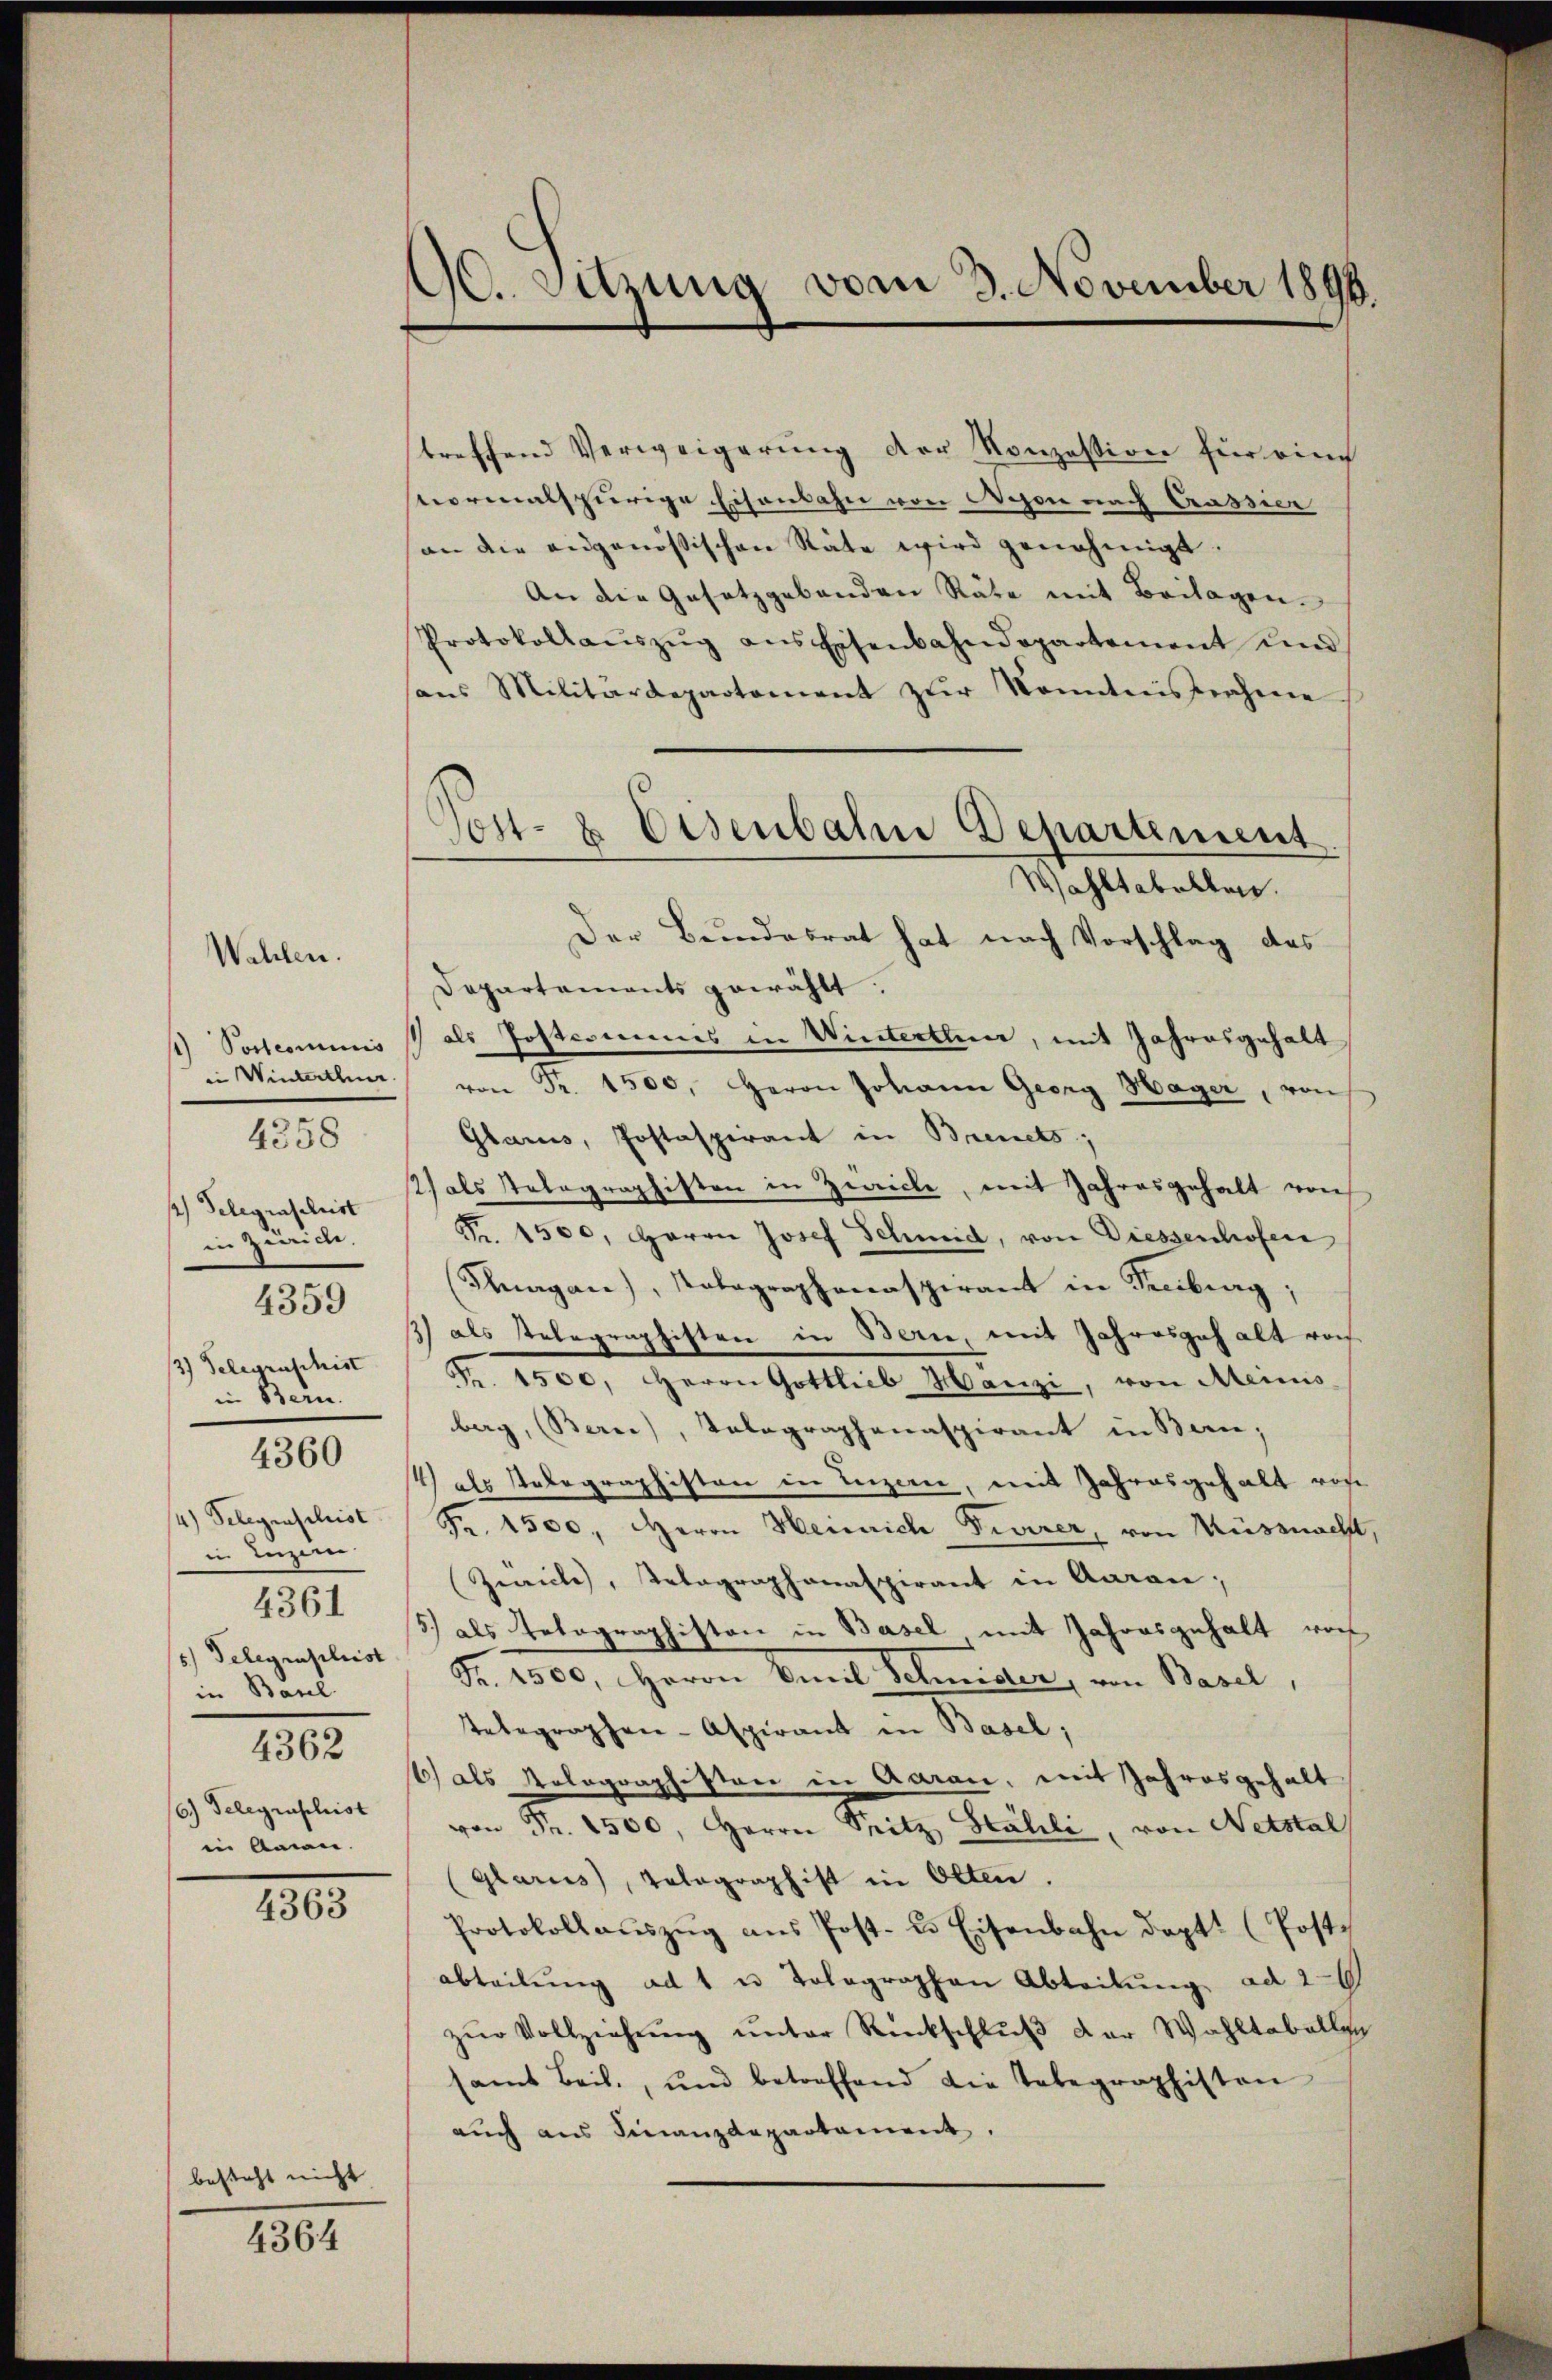
1) Postcommis
in Winterthun.
4358
1) Telegraschrist
in Zürich.
4359
/3) Telegraschist
in Bern.
4360
4) Belegenschrist
in Luzern.
4361
5.) Telegraphist
in Baul
4362
6.) Gelegraschist
in Anin.

Wahlen.

4363

besteht nicht

4364

90. Sitzung vom 3. November 1890.

treffend Verweigerung der Konzession für eine
vormalspurige Eisenbahn von Nyon nach Crassier
an die angenössischen Räte wird genehmigt.
An die Gesetzgebenden Räte mit Beilagen.
Protokollaŭszŭg ans Eisenbahndepartement und
sans Militärdepartement zŭr Kenntnisnahme
Der Bundesrat hat nach Vorschlag des
Departements gewählt.
als Postcomines in Winterthur, mit Jahresgehalt
von Fr. 1500. Herrn Johann Georg Hager, von
Glarus, Postaspirant in Brinets;
2) als Telegraphisten in Zwicke, mit Jahresgehalt von
Fr. 1500. Herrn Josef Schmid, von Diessenhofen
Snagan), Notagraphenaspirant in Freiburg;
3) als Telegraphisten in Bern, mit Jahresgehalt vo
Fr. 1500. Herrn Gottlieb Hanzi, von Mens
bag, (Berne), Tolographenaspirant in Bern,
4) als Telegraphisten in Luzern, mit Jahresgehalt ros
Fr. 1500. Herrn Heinrich Freirer, von Küssnacht
Zwicke, Tetographonaspirant in Aarau;
5) als Telegraphiston in Basel mit Jahresgehalt von
Fr. 1500, Herrn Emil Schweder, von Basel,
Telegraphen- Aspirant in Basel;
1) als Kolographisten in Aarau, mit Jahresgehalt
von Fr. 1500, Herrn Spitz Stalli, von Netstal
Glarus, Tolographist in Olten.
Protokoll aŭszŭg aŭs Post- u. Eisenbahn doptt (Post.
abteilŭng ad 1 u Tolographen Abteilŭng ad 2
zŭr Vollziehŭng ŭnter Rückschlŭβ der Wahltabellig
samt Beil., und betreffend die Telegraphiston
auch aus Finanzdepartament.

Post- & Eisenbahne Departement
Wahltabellen.